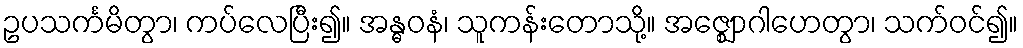
ဥပသင်္ကမိတွာ၊ ကပ်လေပြီး၍။ အန္ဓဝနံ၊ သူကန်းတောသို့။ အဇ္ဈောဂါဟေတွာ၊ သက်ဝင်၍။